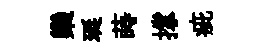
欒珽蒔撑疵